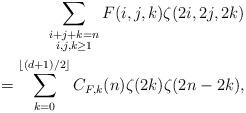
LaTeX: \begin{align*} \sum_{\substack{i+j+k=n\\ i,j,k\ge 1}} F(i,j,k) \zeta(2i,2j,2k) \\= \sum_{k=0}^{\lfloor(d+1)/2\rfloor} C_{F,k}(n)\zeta(2k)\zeta(2n-2k),\end{align*}